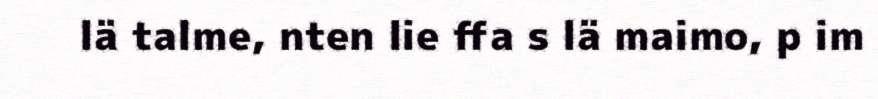
lä talme, nten lie ffa s lä maimo, p im